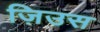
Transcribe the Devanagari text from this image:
ज़िउस